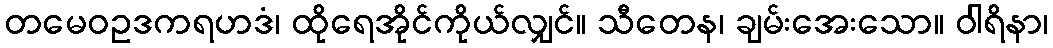
တမေဝဥဒကရဟဒံ၊ ထိုရေအိုင်ကိုယ်လျှင်။ သီတေန၊ ချမ်းအေးသော။ ဝါရိနာ၊